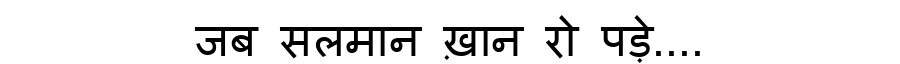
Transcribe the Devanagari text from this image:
जब सलमान ख़ान रो पड़े....